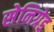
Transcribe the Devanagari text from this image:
सेनिग्रेड